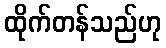
ထိုက်တန်သည်ဟု